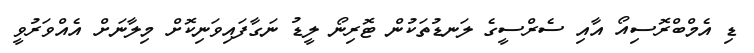
ޑި އެމްބްރޮސިއޯ އާއި ސެރްސީގެ ލަނޑުތަކުން ޓޮރިނޯ ލީޑު ނަގާފައިވަނިކޮށް މިލާނަށް އެއްވަރުވީ